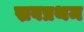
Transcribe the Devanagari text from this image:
स्रवप्रथम